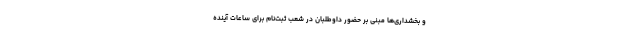
و بخشداری‌ها مبنی بر حضور داوطلبان در شعب ثبت‌نام برای ساعات آینده